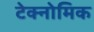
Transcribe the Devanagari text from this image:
टेक्नोमिक